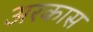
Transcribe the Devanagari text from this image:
अरकास